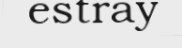
estray